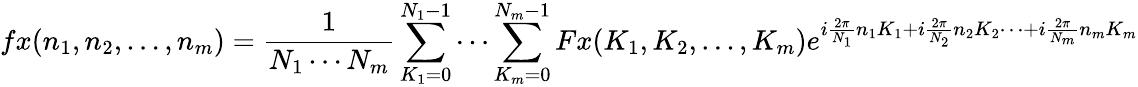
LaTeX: fx(n_{1},n_{2},\ldots,n_{m})={\frac{1}{N_{1}\cdots N_{m}}}\sum_{K_{1}=0}^{N_{1}-1}\cdots\sum_{K_{m}=0}^{N_{m}-1}Fx(K_{1},K_{2},\ldots,K_{m})e^{i{\frac{2\pi}{N_{1}}}n_{1}K_{1}+i{\frac{2\pi}{N_{2}}}n_{2}K_{2}\cdots+i{\frac{2\pi}{N_{m}}}n_{m}K_{m}}